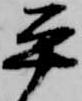
平